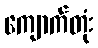
ကျောက်တုံး